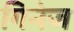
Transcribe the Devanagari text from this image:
गिनेज